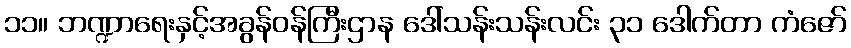
၁၁။ ဘဏ္ဍာရေးနှင့်အခွန်ဝန်ကြီးဌာန ဒေါ်သန်းသန်းလင်း ၃၁ ဒေါက်တာ ကံဇော်